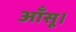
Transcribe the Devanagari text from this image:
आँसू।